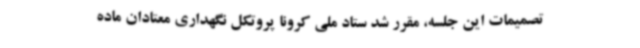
تصمیمات این جلسه، مقرر شد ستاد ملی کرونا پروتکل نگهداری معتادان ماده